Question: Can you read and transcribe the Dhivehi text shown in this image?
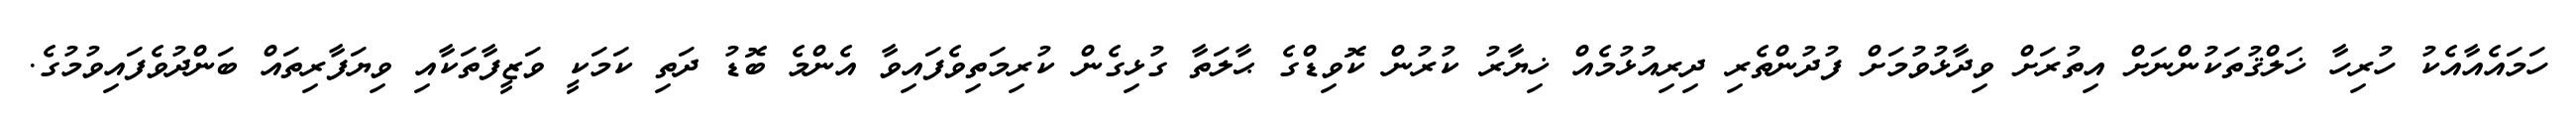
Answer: ހަމައެއާއެކު ހުރިހާ ޚަލްޤުތަކުންނަށް އިތުރަށް ވިދާޅުވުމަށް ފުދުންތެރި ދިރިއުޅުމެއް ޚިޔާރު ކުރުން ކޮވިޑްގެ ޙާލަތާ ގުޅިގެން ކުރިމަތިވެފައިވާ އެންމެ ބޮޑު ދަތި ކަމަކީ ވަޒީފާތަކާއި ވިޔަފާރިތައް ބަންދުވެފައިވުމުގެ.